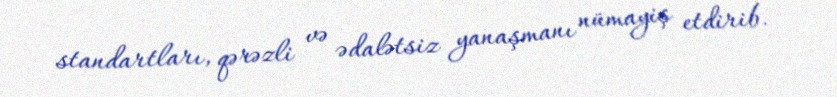
standartları, qərəzli və ədalətsiz yanaşmanı nümayiş etdirib.